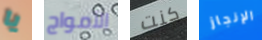
يا الأمواج كنت الإنجاز